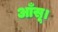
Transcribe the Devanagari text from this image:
आँसू।